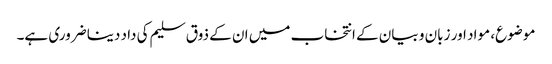
موضوع، مواد اور زبان و بیان کے انتخاب میں ان کے ذوق سلیم کی داد دینا ضروری ہے۔